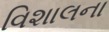
વિશાલના